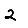
Digit: 2